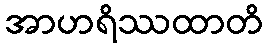
အာဟရိဿထာတိ